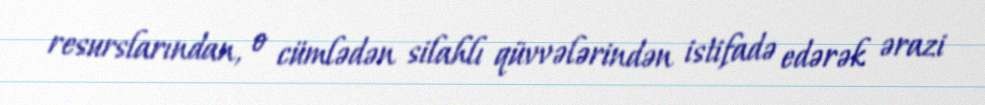
resurslarından, o cümlədən silahlı qüvvələrindən istifadə edərək ərazi